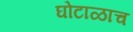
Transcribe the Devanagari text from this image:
घोटाळाच